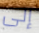
إلى